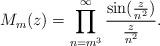
LaTeX: \begin{align*} M_m(z)=\prod_{n=m^3}^{\infty}\frac{\sin(\frac{z}{n^2})}{\frac{z}{n^2}}.\end{align*}